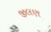
જીલણ